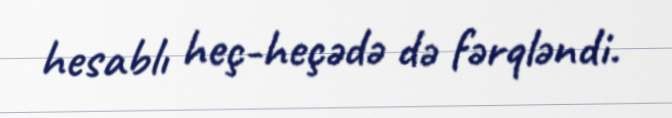
hesablı heç-heçədə də fərqləndi.